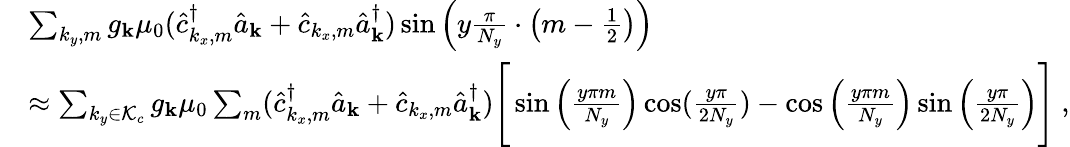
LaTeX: \begin{array}{rl}&{\sum_{k_{y},m}{g_{\mathbf k}}\mu_{0}(\hat{c}_{k_{x},m}^{\dagger}\hat{a}_{\mathbf k}+\hat{c}_{k_{x},m}\hat{a}_{\mathbf k}^{\dagger})\sin\Big(y\frac{\pi}{N_{y}}\cdot\big(m-\frac{1}{2}\big)\Big)}\\ &{\approx\sum_{k_{y}\in\mathcal{K}_{c}}{g_{\mathbf k}}\mu_{0}\sum_{m}(\hat{c}_{k_{x},m}^{\dagger}\hat{a}_{\mathbf k}+\hat{c}_{k_{x},m}\hat{a}_{\mathbf k}^{\dagger})\Bigg[\sin\Big(\frac{y\pi m}{N_{y}}\Big)\cos(\frac{y\pi}{2N_{y}})-\cos\Big(\frac{y\pi m}{N_{y}}\Big)\sin\Big(\frac{y\pi}{2N_{y}}\Big)\Bigg]~,}\end{array}